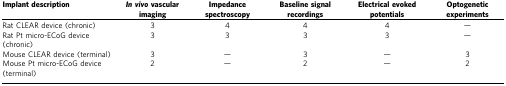
| Implant description | In vivovascular imaging | Impedance spectroscopy | Baseline signal recordings | Electrical evoked potentials | Optogenetic experiments |
 | --- | --- | --- | --- | --- | --- |
 | Rat CLEAR device (chronic) | 3 | 4 | 4 | 4 | — |
 | Rat Pt micro-ECoG device (chronic) | 3 | 3 | 3 | 3 | — |
 | Mouse CLEAR device (terminal) | 3 | — | 3 | — | 3 |
 | Mouse Pt micro-ECoG device (terminal) | 2 | — | 2 | — | 2 |